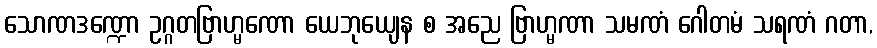
သောဏဒဏ္ဍော ဥဂ္ဂတဗြာဟ္မဏော ယေဘုယျေန စ အညေ ဗြာဟ္မဏာ သမဏံ ဂေါတမံ သရဏံ ဂတာ,